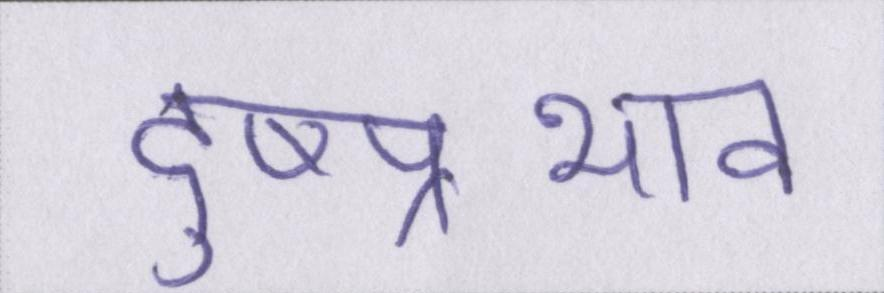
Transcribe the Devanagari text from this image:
दुष्प्रभाव